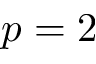
p = 2